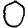
Digit: 0